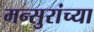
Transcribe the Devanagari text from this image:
मन्सुरांच्या